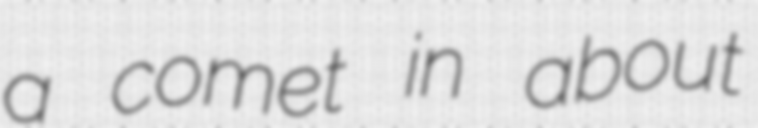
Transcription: a comet in about